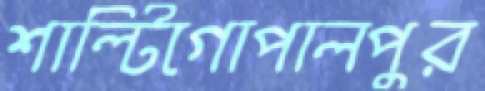
শাল্টিগোপালপুর